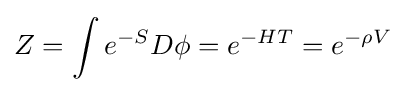
Z=\int e^{-S}D\phi =e^{-HT}=e^{-\rho V}